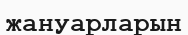
жануарларын